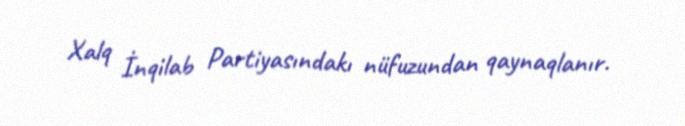
Xalq İnqilab Partiyasındakı nüfuzundan qaynaqlanır.